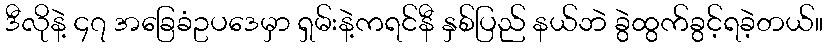
ဒီလိုနဲ့ ၄၇ အခြေခံဥပဒေမှာ ရှမ်းနဲ့ကရင်နီ နှစ်ပြည် နယ်ဘဲ ခွဲထွက်ခွင့်ရခဲ့တယ်။